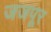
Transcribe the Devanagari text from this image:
जजपूर